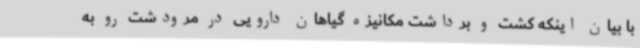
با بیان اینکه کشت و برداشت مکانیزه گیاهان دارویی در مرودشت رو به